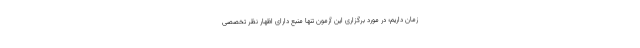
زمان داریم؛ در مورد برگزاری این آزمون تنها منبع دارای اظهار نظر تخصصی